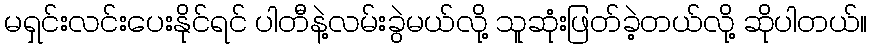
မရှင်းလင်းပေးနိုင်ရင် ပါတီနဲ့လမ်းခွဲမယ်လို့ သူဆုံးဖြတ်ခဲ့တယ်လို့ ဆိုပါတယ်။